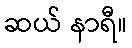
ဆယ် နာရီ။